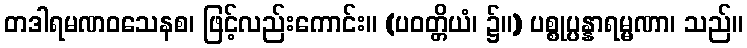
တဒါရမဏဝသေနစ၊ ဖြင့်လည်းကောင်း။ (ပဝတ္တိယံ၊ ၌။) ပစ္စုပ္ပန္နာရမ္မဏာ၊ သည်။